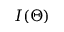
I ( \Theta )